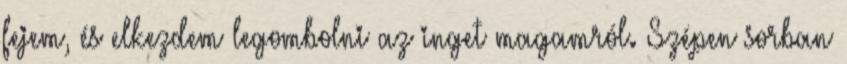
fejem, és elkezdem legombolni az inget magamról. Szépen sorban